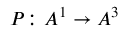
P \colon A ^ { 1 } \to A ^ { 3 }